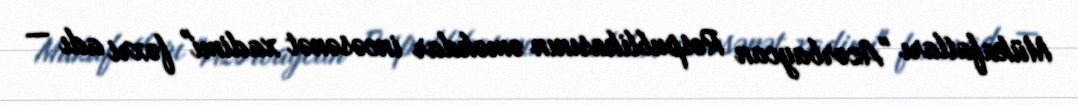
Mükafatları "Azərbaycan Respublikasının əməkdar incəsənət xadimi" fəxri adı —